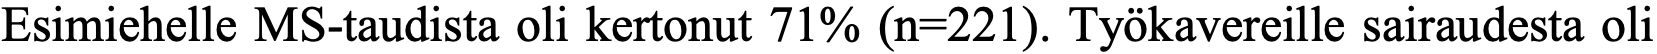
Esimiehelle MS-taudista oli kertonut 71% (n=221). Työkavereille sairaudesta oli